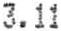
3.11